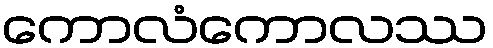
ကောလံကောလဿ